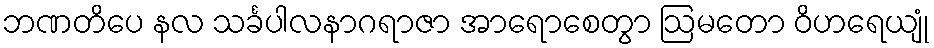
ဘဏတိပေ နလ သင်္ခပါလနာဂရာဇာ အာရောစေတွာ ဩမတော ဝိဟရေယျုံ